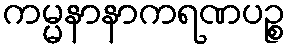
ကမ္မနာနာကရဏပဉ္စ